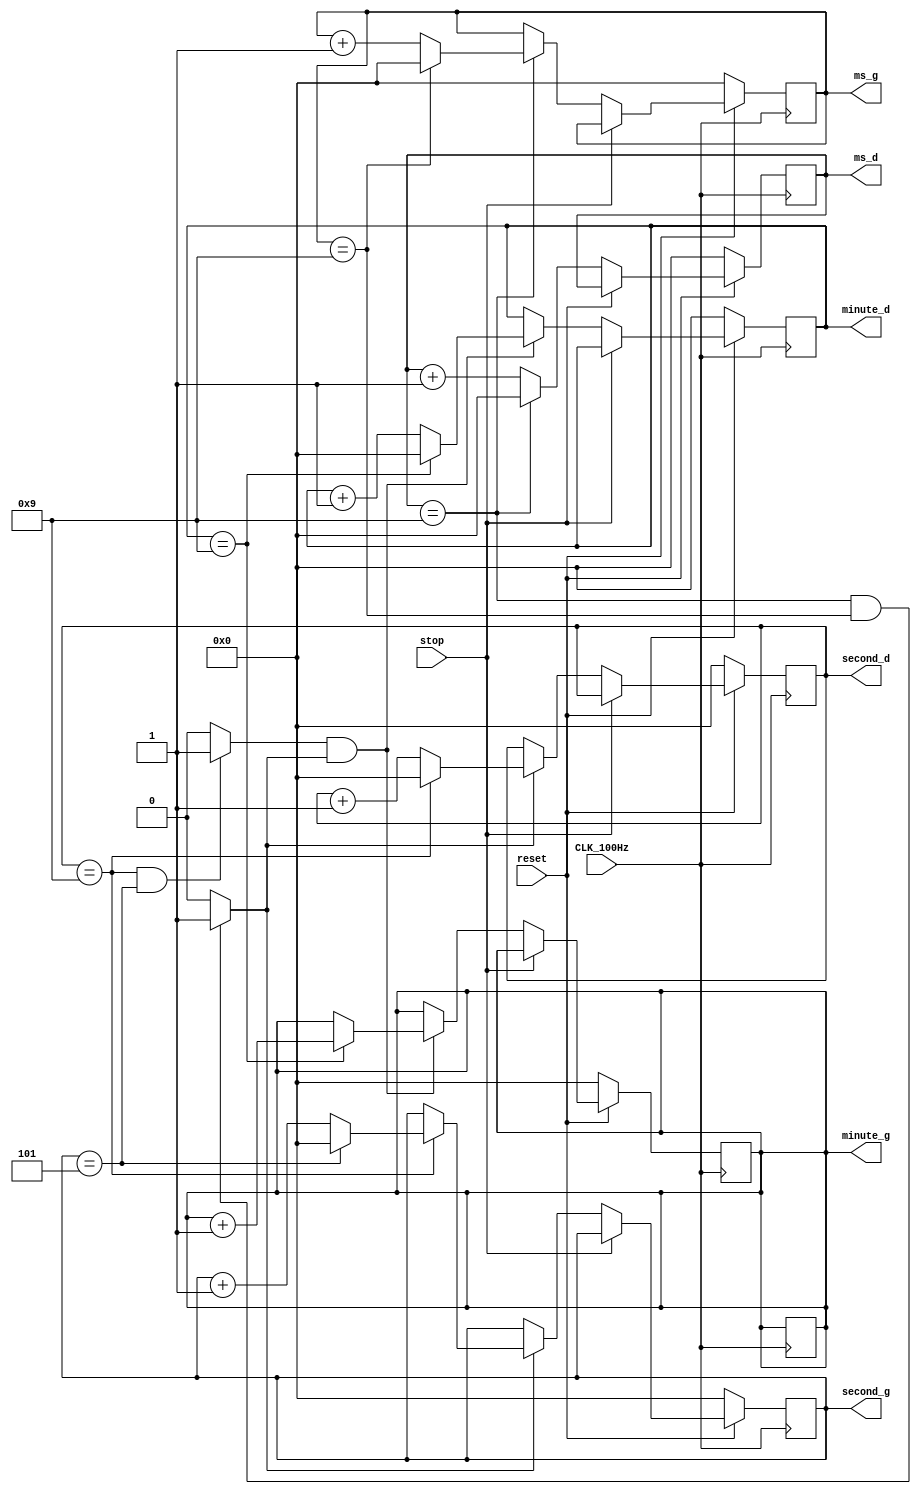
module stopwatch(CLK_100Hz,reset,stop, ms_d, ms_g, second_d, second_g,minute_d, minute_g);
input CLK_100Hz,reset,stop;
output reg[3:0] ms_d, ms_g, second_d, second_g,minute_d, minute_g;


always @(posedge CLK_100Hz)  
begin  
  if(!reset) ms_d<=0;
  else if(stop) ms_d<=ms_d;
  else if(ms_d==9)  
    ms_d<=0;  
  else  
    ms_d<=ms_d+1;  
end  
  
always @(posedge CLK_100Hz)  
begin  
  if(!reset) ms_g<=0;
  else if(stop) ms_g<=ms_g;  
  else if(ms_d==9)  
    begin  
      if(ms_g==9)  
        ms_g<=0;  
      else  
        ms_g<=ms_g+1;  
    end  
  end  
assign cout_s=((ms_d==9)&&(ms_g==9))?1:0;  
  
always @(posedge CLK_100Hz)  
begin  
  if(!reset)  
        second_d <= 0;
  else if(stop) second_d<=second_d;  
  else if(cout_s)  
    begin  
     if(second_d==9)  
        second_d <= 0;  
     else   
        second_d <=second_d+1;  
    end  
end  
  
always @(posedge CLK_100Hz)  
begin  
  if(!reset)  
    second_g <= 0; 
  else if(stop) minute_g<=minute_g; 
  else if(cout_s)  
    begin  
    if(second_d==9)  
      begin  
      if(second_g==5)  
        second_g <= 0;  
      else   
        second_g<= second_g+1;  
      end  
    end  
end  
  
assign cout_m = ((second_d==9)&&(second_g==5))?1:0;  
  
always @(posedge CLK_100Hz)  
begin  
  if(!reset)  
        minute_d <= 0;  
  else if(stop) minute_d<=minute_d;
  else if(cout_m&&cout_s)  
  begin  
       if(minute_d==9)  
        minute_d <=0;  
       else  
        minute_d <= minute_d + 1;  
  end  
end  
  
always @(posedge CLK_100Hz)  
begin  
  if(!reset)  
        minute_g <= 0;  
  else if(stop) minute_g<=minute_g;
  else if(cout_m&&cout_s)  
  begin  
      if(minute_d==9)  
        minute_g<=minute_g+1;  
  end  
end
 
endmodule